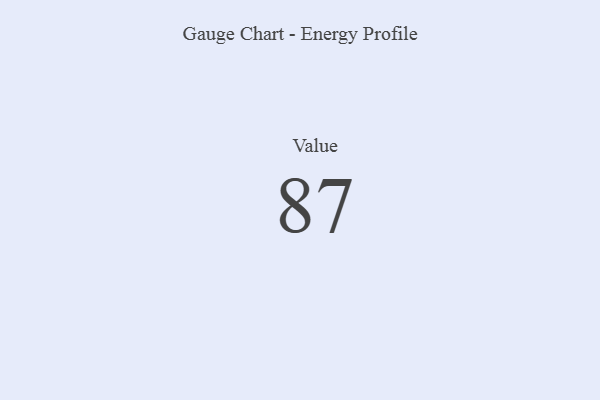
{"axis": {"x": "Metric", "y": "Value"}, "legend": [""], "data": [{"x": "Value", "y": 87, "type": ""}]}